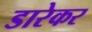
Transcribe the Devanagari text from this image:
डारेकर